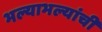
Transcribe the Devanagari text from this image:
भल्याभल्यांची